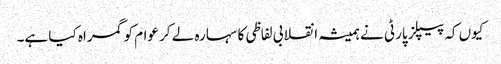
کیوں کہ پیپلز پارٹی نے ہمیشہ انقلابی لفاظی کا سہارہ لے کر عوام کو گمراہ کیا ہے۔